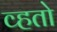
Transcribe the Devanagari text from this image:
व्हतो